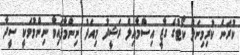
ކުރަން ކުރިމިނަލް ކޯޓުގެ ގާޒީ އިސްމާއިލް ރަޝީދު މިއަދު ނިންމާފައިވާ ނިންމުމަކީ ސީދާ